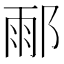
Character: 𨜄